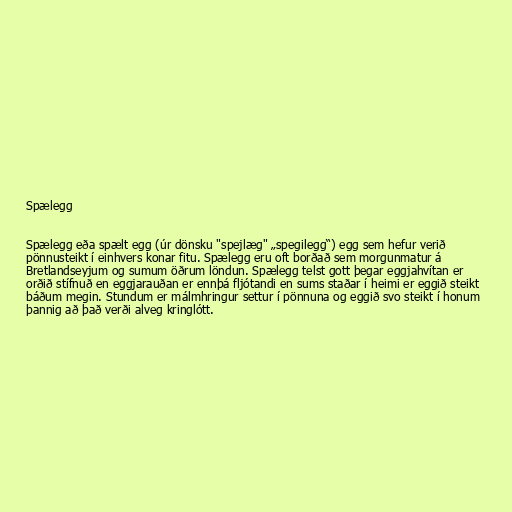
Spælegg

Spælegg eða spælt egg (úr dönsku "spejlæg" „spegilegg“) egg sem hefur verið
pönnusteikt í einhvers konar fitu. Spælegg eru oft borðað sem morgunmatur á
Bretlandseyjum og sumum öðrum löndun. Spælegg telst gott þegar eggjahvítan er
orðið stífnuð en eggjarauðan er ennþá fljótandi en sums staðar í heimi er eggið steikt
báðum megin. Stundum er málmhringur settur í pönnuna og eggið svo steikt í honum
þannig að það verði alveg kringlótt.